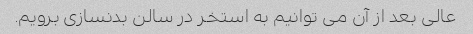
عالی بعد از آن می توانیم به استخر در سالن بدنسازی برویم.